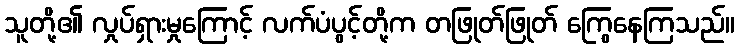
သူတို့၏ လှုပ်ရှားမှုကြောင့် လက်ပံပွင့်တို့က တဖြုတ်ဖြုတ် ကြွေနေကြသည်။